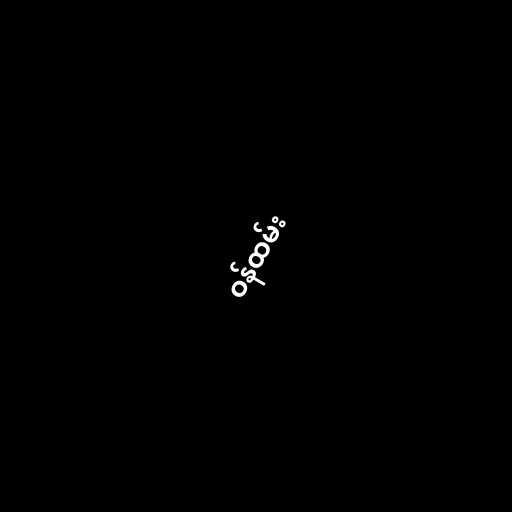
ဝန်ထမ်း